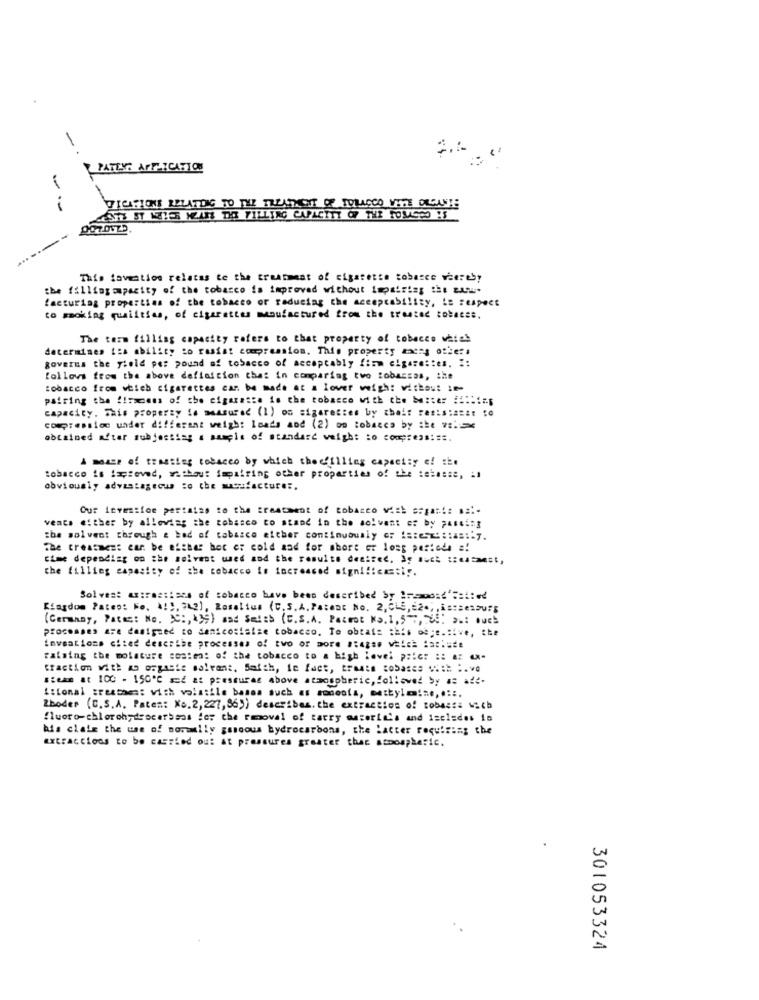
-
PATENT AFFICATION
FICATIONS RELATING TO THE TREATMENT OF TOLACCO VIN CLEANTE
----
This tovention relatas te the treatment of cigarette tobasce viereby
the fillingopacity of the tobacco is improved without impairiss the zusu.
facturing properties of the tobacco of reducing the acceptability, i= respect
to mocking qualities, of cigarettes manufactured from the treated coletes.
The term filling capacity refers to that property of tobacco which
determines tis ability to rasist compression. This property mens offers
governs the field per pound af tobacco of acceptably fimm cigare :: es. Z:
follows from the above definition that in comparing two tobacsas, the
tobacco from which cigarettes can be made at a lover wigh: viskos: 1-
pairing the !! mess of the cigarasta is the tobacco with che ====== =::::= p
capacity. This property is measured (1) os sigarettes by choit resis:azat 10
compression under different weigh: loads and (2) on tobacco by the vs.
obtained after subjecting a amaçla of standard weigh: : o con ;:. @# :==.
A mass of trastieg tobacco by which thecfilling capacity of the
tobacco is iscieved, without impairing other properties of the :abasse, il
obviously advantagecup :o che mussfacturer.
Our investfoe pertains to the treatment of tobacco vich sogar !: ....
vents either by allowing the tobacco to stand in the solvent er by passing
the solvent through & bad of tabasco either continuously : ::: esx' :ias :. y.
The treatment can be either het o: cold and for short or long periods a!
time depending on the solvent wed and the results desired, 3y auch :: est,
the filling capacity of the tobacco in increased significa=tir.
Solvest axtrastises of tobacco have been described by 1=cosd'Failed
Kingdom Pateo: No. \!", 312), Roselius (C.S.A. Patent No. 2,C15 ,= 24, , Às:senou#5
(Germany, Pates: No. C :, * 39) and Sales (C.S.A. Pacmot No.1,57%, 38: >w: buch
processes are designed to denicosiaise tobacco. To obtale this obje.tive, che
raising the moisture costes: of the tobacco to a high level p:ic: :: a: 4X-
traction with a orgasis solvant, Saith, in fact, trante cosas == === =. v.
sieme at 100 - 150'℃ sd a: pressures above atmospheric, followed by as alt-
itional Breathes: with volatile bases such as sonesta, methyl != e ,.::.
Zboder (C.S.A. Paten: No.2,227,86)) describes. the extraction of tobessa wich
fluoro-chlorohydrocarbsas ic: the removal of tatry materie's and iscledes is
his claix the use of normally gaseous hydrocarbons, the Latter requiring the
extractions to be carried out at pressures greater than scoospheric.
301053324